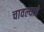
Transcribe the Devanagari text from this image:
चावल्याचे